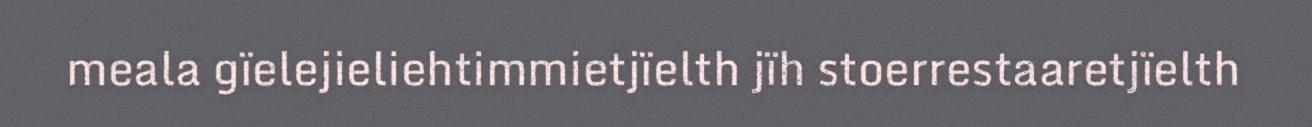
meala gïelejieliehtimmietjïelth jïh stoerrestaaretjïelth